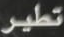
تطير